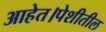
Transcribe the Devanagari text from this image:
आहेत।पेशीतील